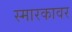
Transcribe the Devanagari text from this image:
स्मारकावर